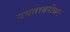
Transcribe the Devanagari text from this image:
गवताबरोबर